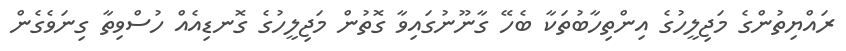
ރައްޔިތުންގެ މަޖިލީހުގެ އިންތިހާބުތަކާ ބެހޭ ގާނޫނުގައިވާ ގޮތުން މަޖިލީހުގެ ގޮނޑިއެއް ހުސްވިތާ ގިނަވެގެން